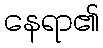
နေရာ၏